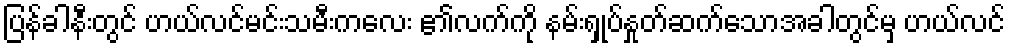
ပြန်ခါနီးတွင် ဟယ်လင်မင်းသမီးကလေး ၏လက်ကို နမ်းရှုပ်နှုတ်ဆက်သောအခါတွင်မှ ဟယ်လင်